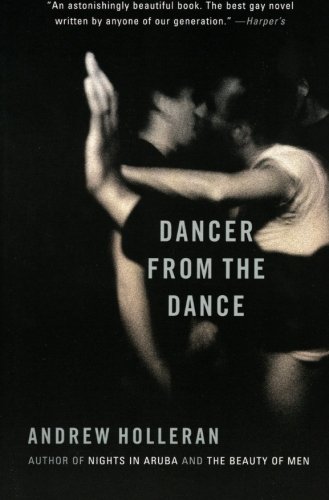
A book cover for Dancer from the Dance: A Novel; Andrew Holleran; Literature & Fiction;